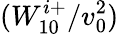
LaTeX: (W_{10}^{i+}/v_{0}^{2})